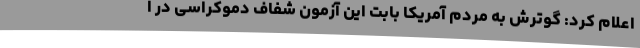
اعلام کرد: گوترش به مردم آمریکا بابت این آزمون شفاف دموکراسی در ا